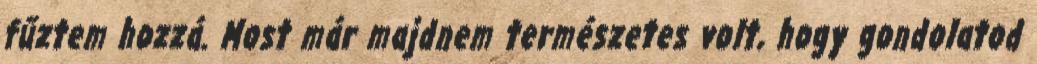
fűztem hozzá. Most már majdnem természetes volt, hogy gondolatod